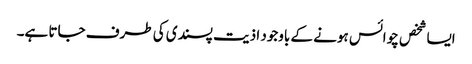
ایسا شخص چوائس ہونے کے باوجود اذیت پسندی کی طرف جاتا ہے۔